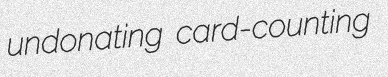
undonating card-counting